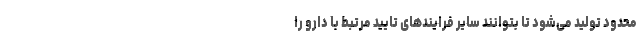
محدود تولید می‌شود تا بتوانند سایر فرایندهای تایید مرتبط با دارو را